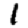
Digit: 1